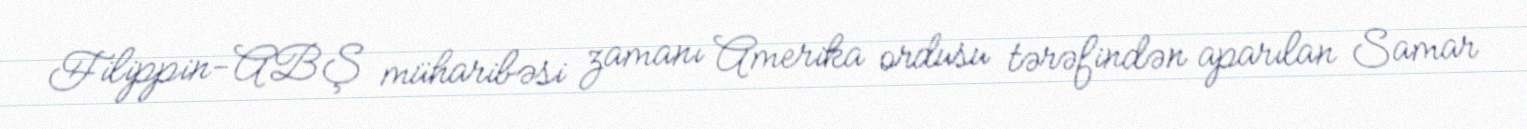
Filippin-ABŞ müharibəsi zamanı Amerika ordusu tərəfindən aparılan Samar